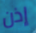
إذن